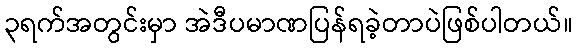
၃ရက်အတွင်းမှာ အဲဒီပမာဏပြန်ရခဲ့တာပဲဖြစ်ပါတယ်။